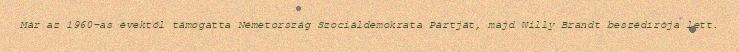
Már az 1960-as évektől támogatta Németország Szociáldemokrata Pártját, majd Willy Brandt beszédírója lett.